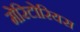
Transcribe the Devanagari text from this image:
मेरिटोरियस